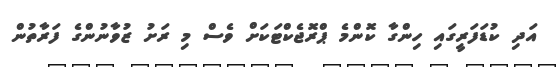
އަދި ކުޑަފަރީގައި ހިންގާ ކޮންމެ ޕްރޮޖެކްޓަކަށް ވެސް މި ރަށު ޒުވާނުންގެ ފަރާތުން